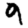
Digit: 9